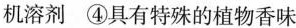
机溶剂 ④具有特殊的植物香味